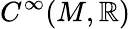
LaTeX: C^{\infty}(M,\mathbb{R})